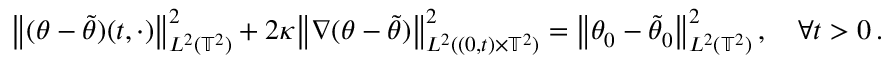
\bigl \| ( \theta - \tilde { \theta } ) ( t , \cdot ) \bigr \| _ { L ^ { 2 } ( \ensuremath { \mathbb { T } } ^ { 2 } ) } ^ { 2 } + 2 \kappa \bigl \| \nabla ( \theta - \tilde { \theta } ) \bigr \| _ { L ^ { 2 } ( ( 0 , t ) \times \ensuremath { \mathbb { T } } ^ { 2 } ) } ^ { 2 } = \bigl \| \theta _ { 0 } - \tilde { \theta } _ { 0 } \bigr \| _ { L ^ { 2 } ( \ensuremath { \mathbb { T } } ^ { 2 } ) } ^ { 2 } \, , \quad \forall t > 0 \, .